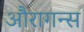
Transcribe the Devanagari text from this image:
औरागन्स